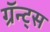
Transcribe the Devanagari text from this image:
ग्रॅन्ट्‍स